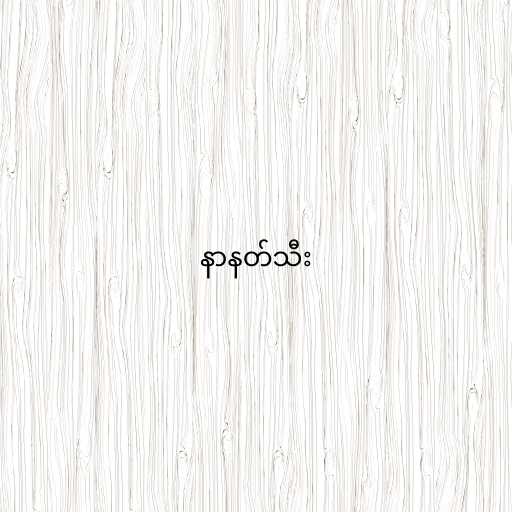
နာနတ်သီး